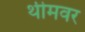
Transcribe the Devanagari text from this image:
थीमवर